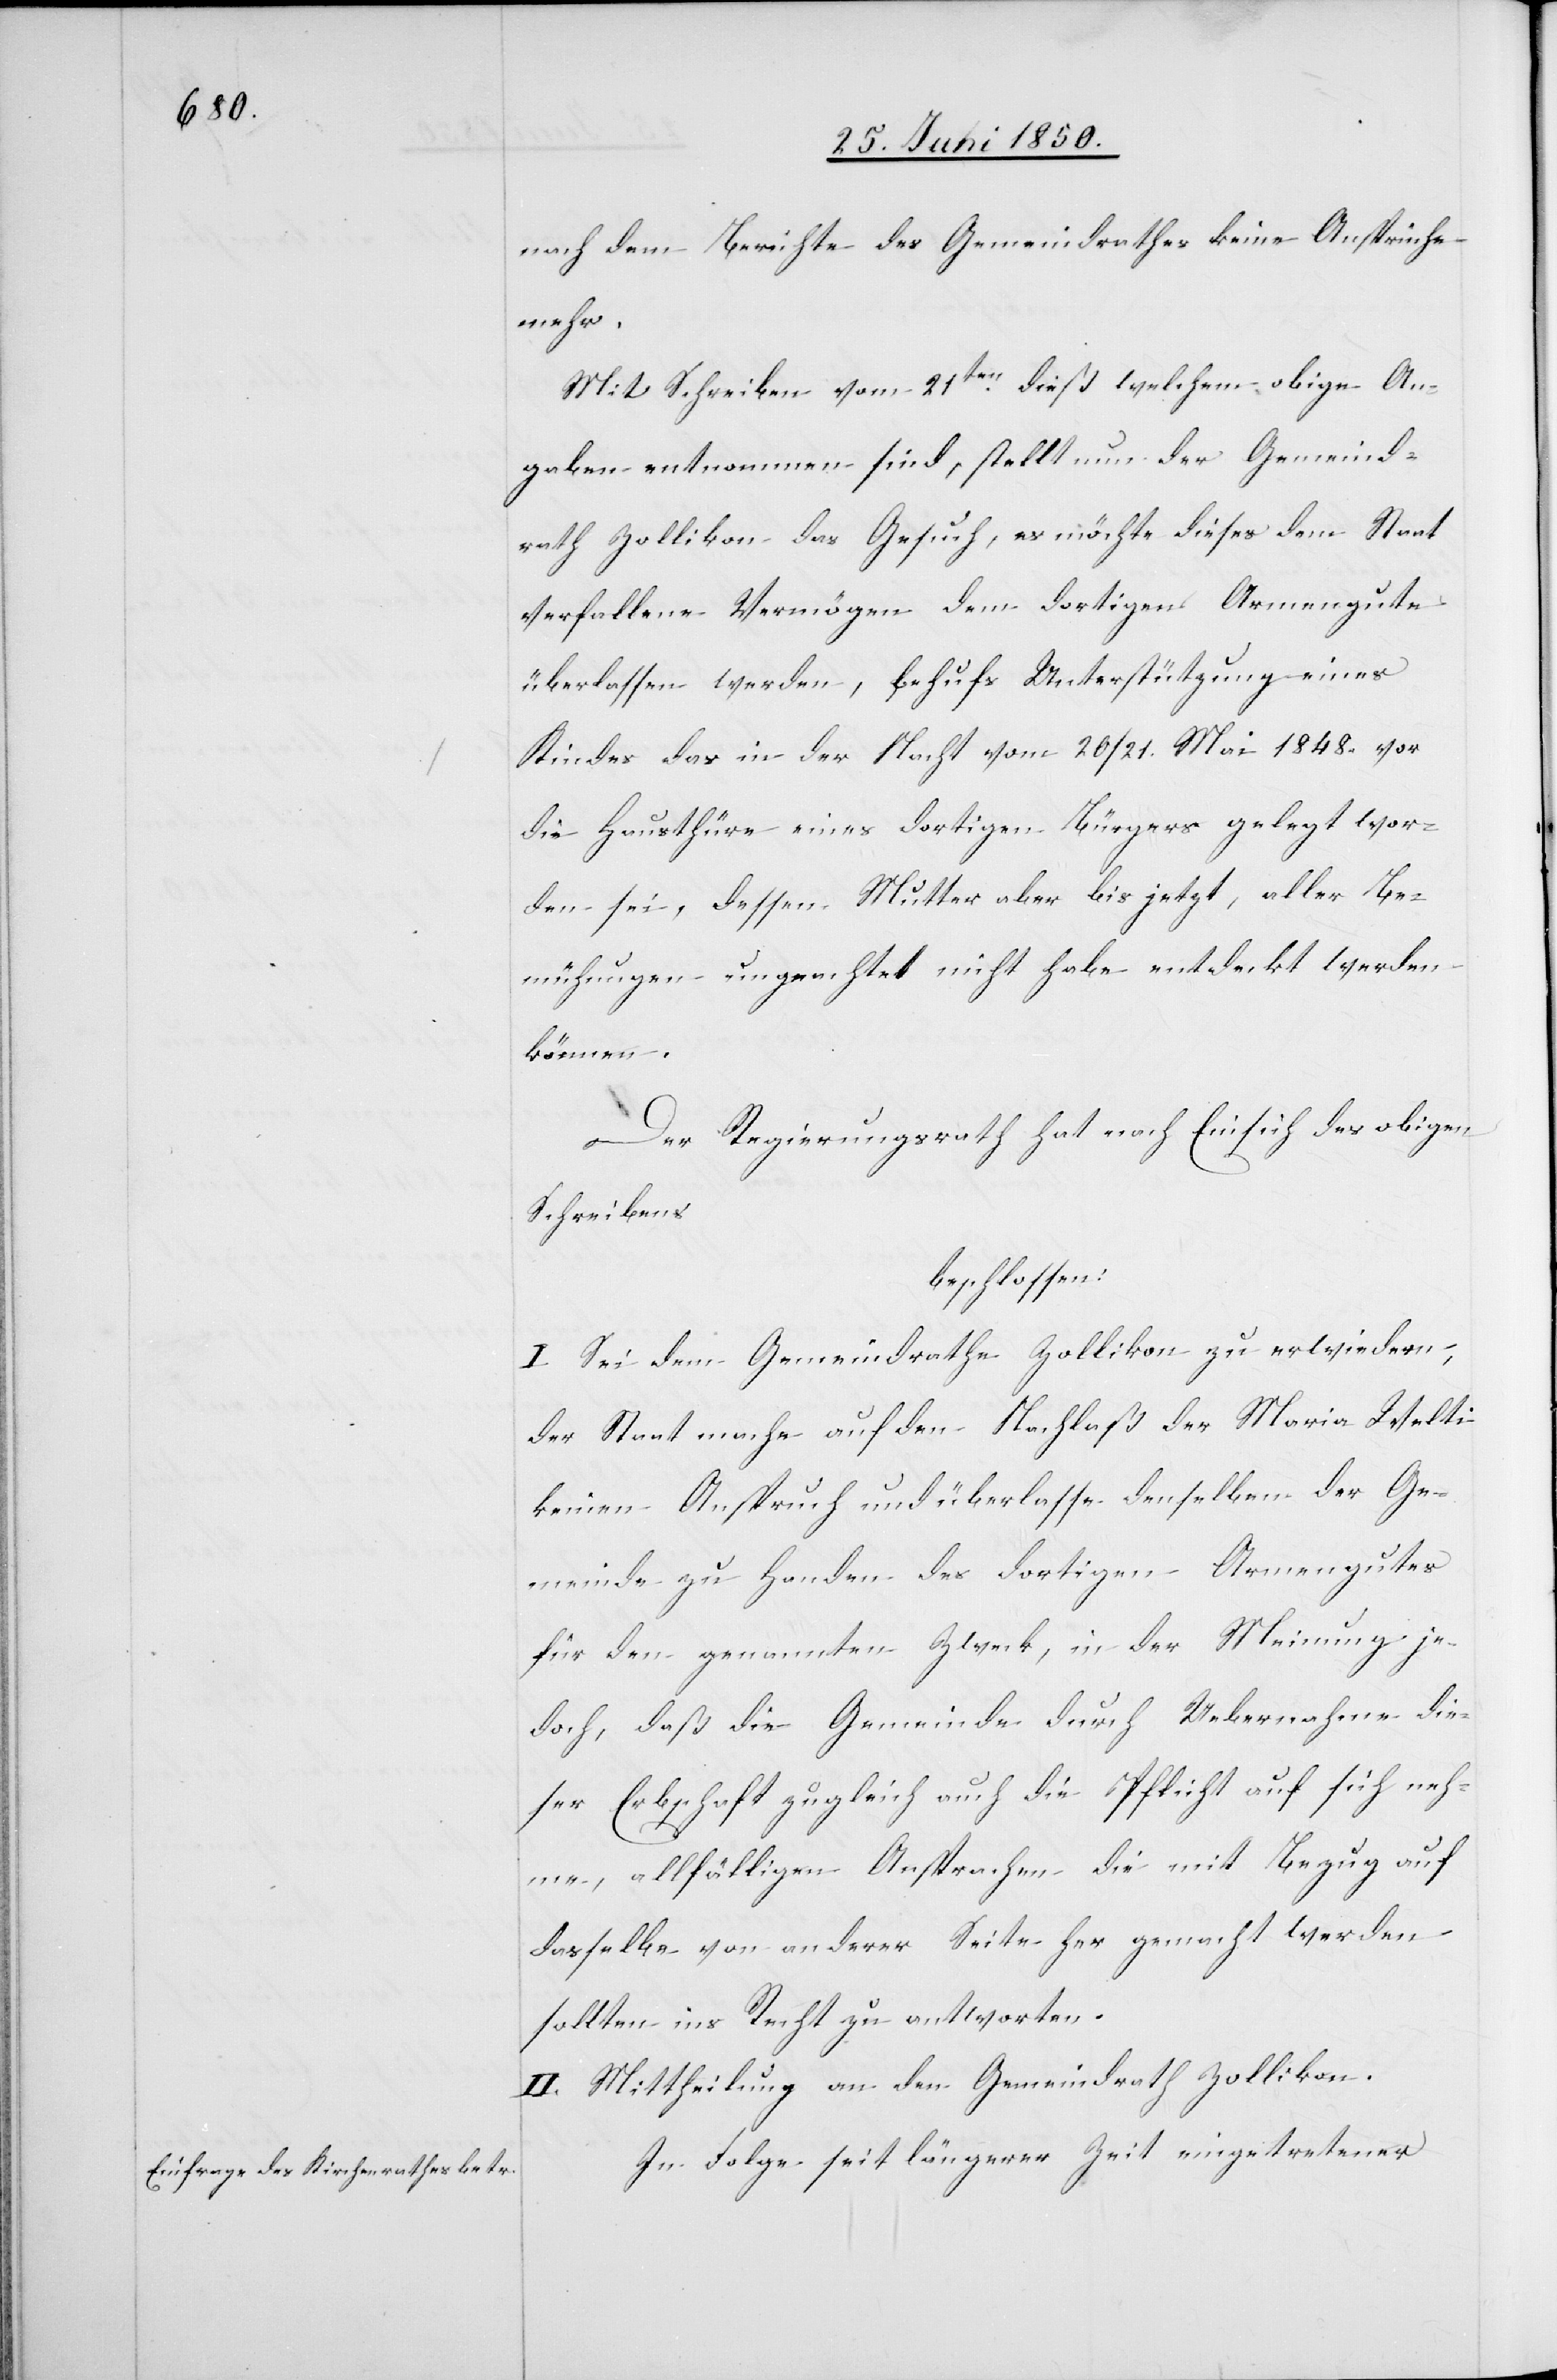
nach dem Berichte des Gemeindrathes keine Ansprüche
mehr.
Mit Schreiben vom 21ten dieß welchem obige An¬
gaben entnommen sind, stellt nun der Gemeind¬
rath Zollikon das Gesuch, es möchte dieses dem Staat
verfallene Vermögen dem dortigen Armengute
überlassen werden, behufs Unterstützung eines
Kindes das in der Nacht vom 20/21. Mai 1848. vor
die Hausthüre eines dortigen Bürgers gelegt wor¬
den sei, dessen Mutter aber bis jetzt, aller Be¬
mühungen ungeachtet nicht habe entdeckt werden
können.
Der Regierungsrath hat nach Einsicht des obigen
Schreibens
beschlossen:
I. Sei dem Gemeindrathe Zollikon zu erwiedern,
der Staat mache auf den Nachlaß der Maria Welti
keinen Anspruch und überlasse denselben der Ge¬
meinde zu Handen des dortigen Armengutes
für den genannten Zweck, in der Meinung je¬
doch, daß die Gemeinde durch Uebernahme die¬
ser Erbschaft zugleich auch die Pflicht auf sich neh¬
me, allfälligen Ansprachen die mit Bezug auf
dasselbe von anderer Seite her gemacht werden
sollten ins Recht zu antworten.
II. Mittheilung an den Gemeindrath Zollikon.
In Folge seit längerer Zeit eingetretener